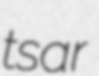
tsar